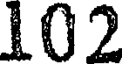
102